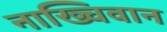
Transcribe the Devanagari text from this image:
नाख्चिवान